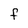
Character: f